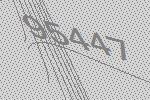
95447